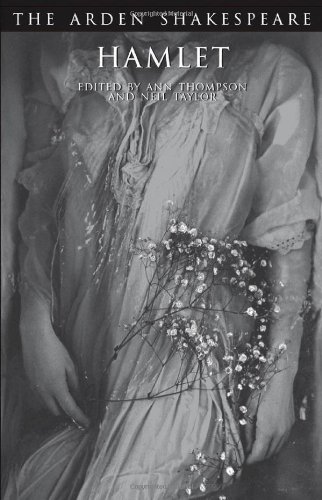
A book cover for Hamlet (Arden Shakespeare: Third Series); William Shakespeare; Literature & Fiction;